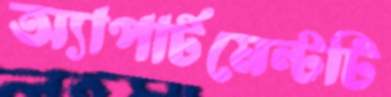
অ্যাপার্টমেন্টটি